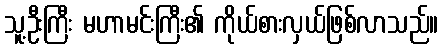
သူ့ဦးကြီး မဟာမင်းကြီး၏ ကိုယ်စားလှယ်ဖြစ်လာသည်။